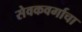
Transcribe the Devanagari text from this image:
सेवकवर्गाचा